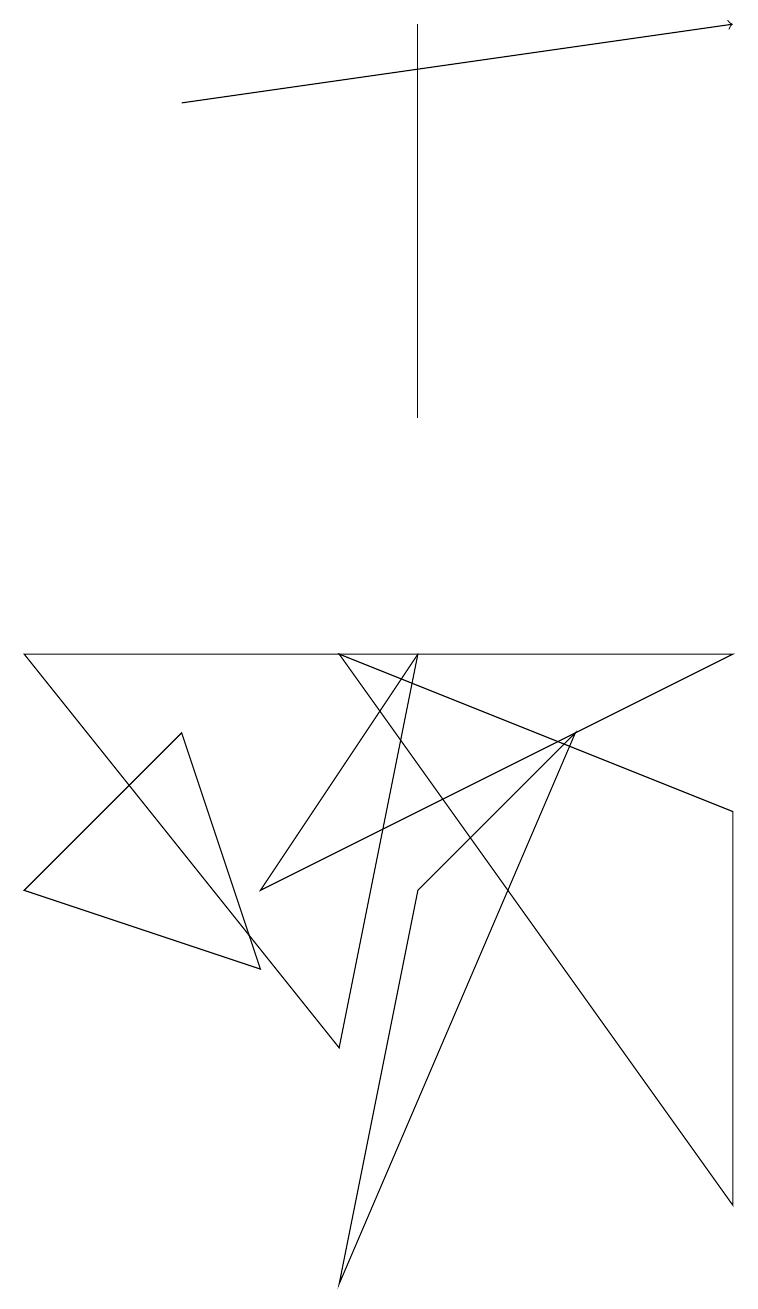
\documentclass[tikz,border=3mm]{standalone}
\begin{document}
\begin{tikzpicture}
\draw (5,5) -- (4,0) -- (7,7) -- cycle;
\draw (4,8) -- (9,1) -- (9,6) -- cycle;
\draw (4,3) -- (5,8) -- (0,8) -- cycle;
\draw (0,5) -- (3,4) -- (2,7) -- cycle;
\draw[->] (2,15) -- (9,16);
\draw (5,11) rectangle (5,16);
\draw (5,8) -- (3,5) -- (9,8) -- cycle;
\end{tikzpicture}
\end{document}